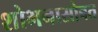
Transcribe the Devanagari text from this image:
शोभनासोबत